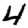
Digit: 4